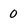
Character: 0